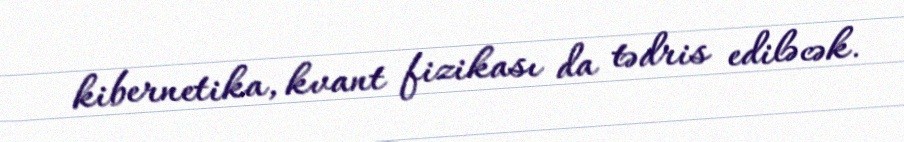
kibernetika, kvant fizikası da tədris ediləcək.